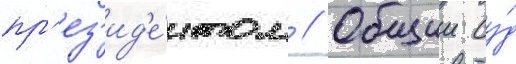
пр'ез'ид'е́нтом // Общии су́д